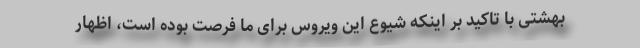
بهشتی با تاکید بر اینکه شیوع این ویروس برای ما فرصت بوده است، اظهار